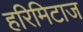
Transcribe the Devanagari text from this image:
हरिमिटाज